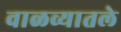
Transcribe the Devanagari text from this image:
वाळव्यातले